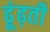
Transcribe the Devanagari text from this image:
ढूंढ़ती